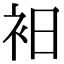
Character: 衵